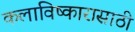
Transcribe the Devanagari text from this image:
कलाविष्कारासाठी